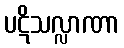
ပဋိသလ္လာဏာ